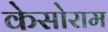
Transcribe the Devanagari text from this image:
केसोराम